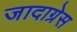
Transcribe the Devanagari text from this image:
जादाग्रेस